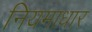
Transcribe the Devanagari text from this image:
नियमाधार